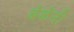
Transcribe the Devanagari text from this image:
बेळेंनी